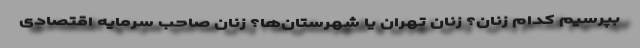
بپرسیم کدام زنان؟ زنان تهران یا شهرستان‌ها؟ زنان صاحب سرمایه اقتصادی